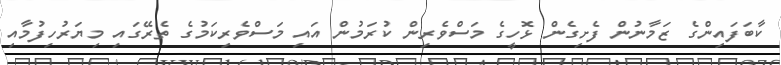
ކާބަފައިންގެ ޒަމާނުން ފެށިގެން ޅޮހީގެ މަސްވެރިން ކުރަމުން އައި މަސްވެރިކަމުގެ ތެރޭގައި މިޔަރުހިފުމާއި